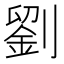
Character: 劉